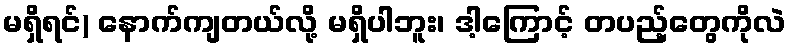
မရှိရင်) နောက်ကျတယ်လို့ မရှိပါဘူး၊ ဒါ့ကြောင့် တပည့်တွေကိုလဲ